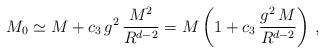
LaTeX: \begin{align*}M_0 \simeq M + c_3 \, g^2 \, \frac{M^2}{R^{d-2}} = M \left( 1 + c_3 \,\frac{g^2 \, M}{R^{d-2}} \right) \, , \end{align*}